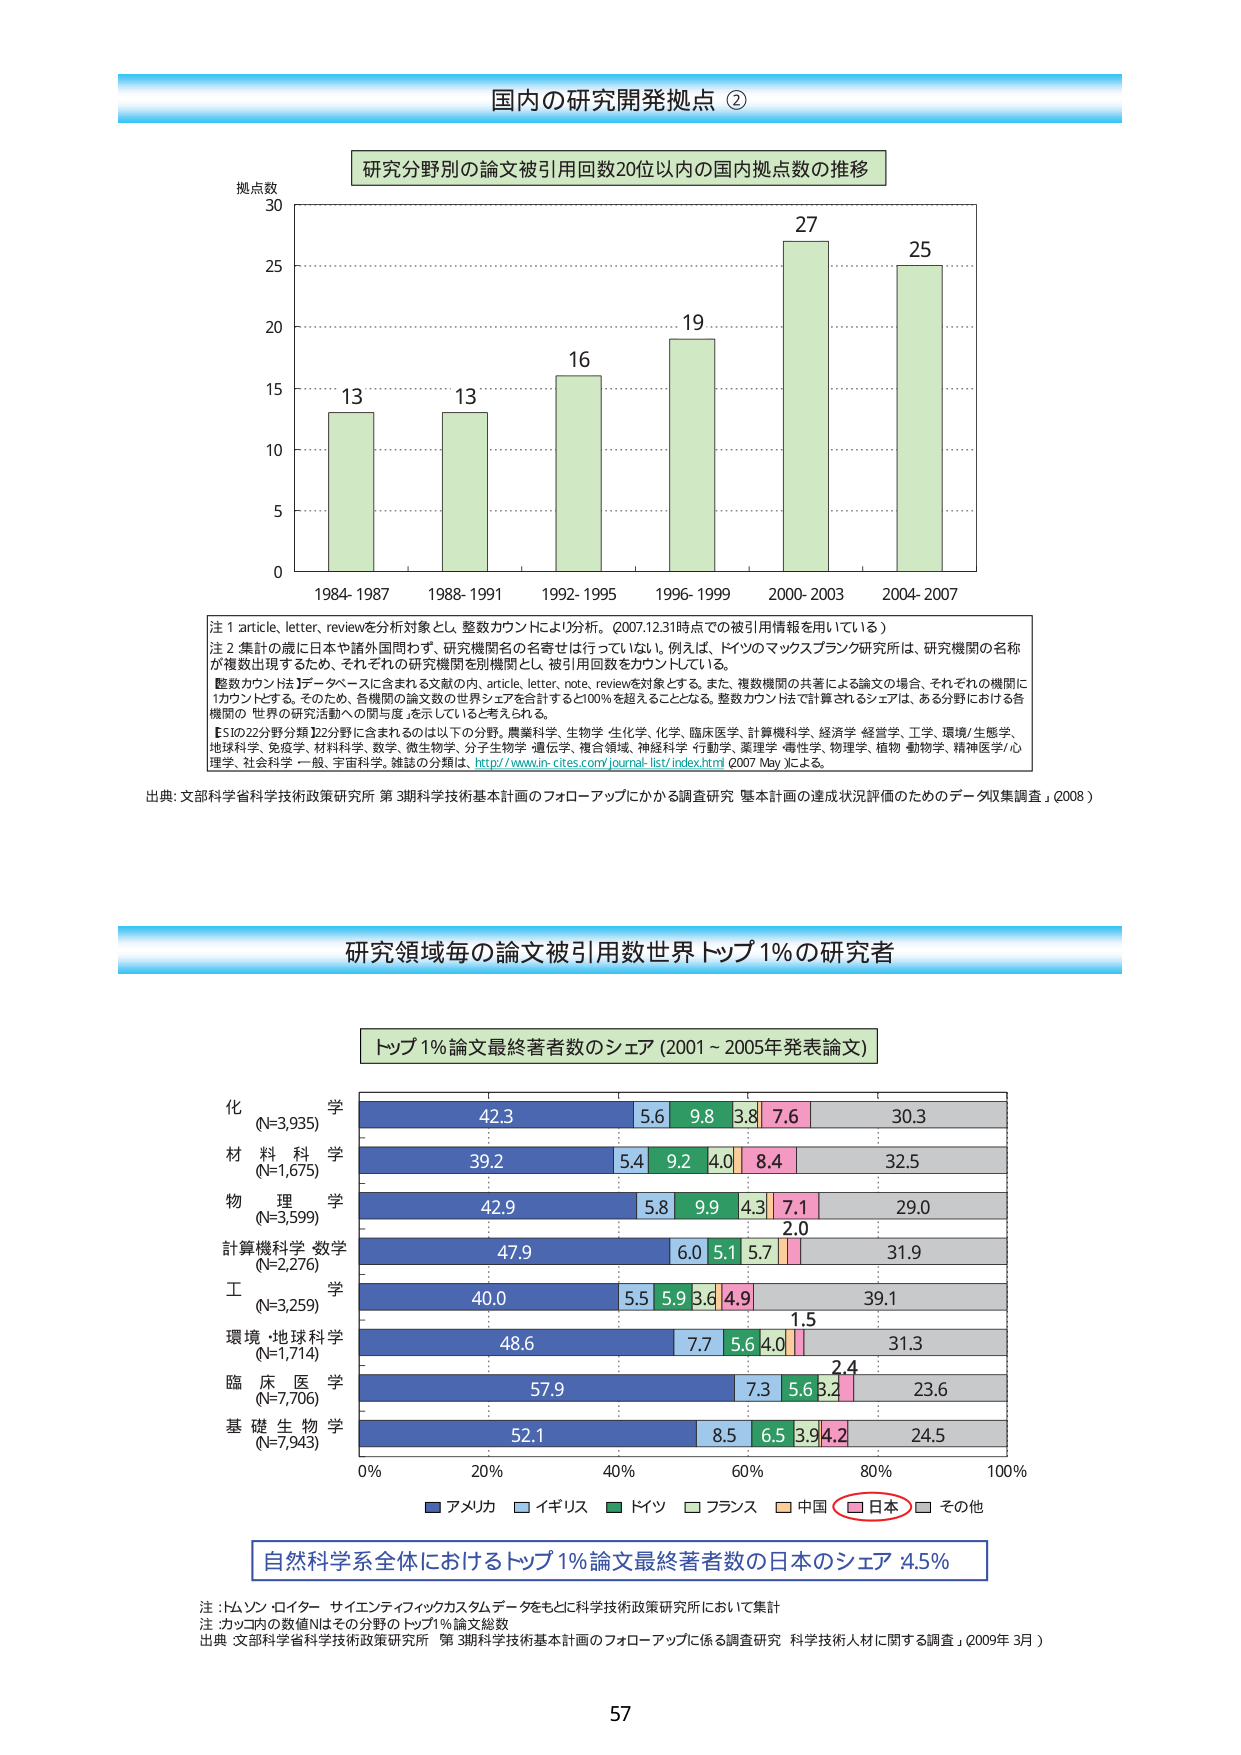
国内の研究開発拠点 ②

研究分野別の論文被引用回数20位以内の国内拠点数の推移

拠点数
30
25
20
15
10
5
0

13
13
16
19
27
25

1984-1987  1988-1991  1992-1995  1996-1999  2000-2003  2004-2007

注1 article, letter, reviewを分析対象とし、整数カウントにより分析。（2007.12.31時点での被引用情報を用いている）
注2 集計の際に日本や諸外国問わず、研究機関名の名寄せは行っていない。例えば、ドイツのマックスプランク研究所は、研究機関の名称が複数出現するため、それぞれの研究機関を別機関とし、被引用回数をカウントしている。
整数カウントは1データベースに含まれる文献の内、article, letter, note, reviewを対象とする。また、複数機関の共著による論文の場合、それぞれの機関に1カウントとする。そのため、各機関の論文数の世界シェアを合計すると100％を超えることとなる。整数カウント法で計算されるシェアは、ある分野における各機関の「世界の研究活動への関与度」を示していると考えられる。
【ESIの22野分類】22分野に含まれるのは以下の分野。農業科学、生物学、生化学、化学、臨床医学、計算機科学、経済学、経営学、工学、環境/生態学、地球科学、免疫学、材料科学、数学、微生物学、分子生物学・遺伝学、複合領域、神経科学、行動学、薬理学、毒性学、物理学、植物・動物学、精神医学/心理学、社会科学一般、宇宙科学。雑誌の分類は、http://www.in-cites.com/journal-list/index.html（2007 May）による。

出典：文部科学省科学技術政策研究所 第3期科学技術基本計画のフォローアップにかかる調査研究「基本計画の達成状況評価のためのデータ収集調査」（2008）

研究領域毎の論文被引用数世界トップ1%の研究者

トップ1%論文最終著者数のシェア（2001～2005年発表論文）

化 学
(N=3,935)
42.3  5.6  9.8  3.8  7.6  30.3

材 料 科 学
(N=1,675)
39.2  5.4  9.2  4.0  8.4  32.5

物 理 学
(N=3,599)
42.9  5.8  9.9  4.3  7.1  29.0
2.0

計算機科学・数学
(N=2,276)
47.9  6.0  5.1  5.7  31.9

工 学
(N=3,259)
40.0  5.5  5.9  3.6  4.9  39.1
1.5

環境・地球科学
(N=1,714)
48.6  7.7  5.6  4.0  31.3
2.4

臨 床 医 学
(N=7,706)
57.9  7.3  5.6  3.2  23.6

基 礎 生 物 学
(N=7,943)
52.1  8.5  6.5  3.9  4.2  24.5

0%  20%  40%  60%  80%  100%

■ アメリカ  □ イギリス  ■ ドイツ  □ フランス  ■ 中国  ■ 日本  □ その他

自然科学系全体におけるトップ1%論文最終著者数の日本のシェア：4.5%

注：トムソン・ロイター サイエンティフィックカスタムデータをもとに科学技術政策研究所において集計
注：カッコ内の数値Nはその分野のトップ1%論文総数
出典：文部科学省科学技術政策研究所 第3期科学技術基本計画のフォローアップに係る調査研究「科学技術人材に関する調査」（2009年3月）

57